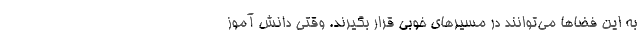
به این فضاها می‌توانند در مسیرهای خوبی قرار بگیرند. وقتی دانش آموز